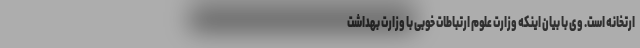
ارتخانه است. وی با بیان اینکه وزارت علوم ارتباطات خوبی با وزارت بهداشت